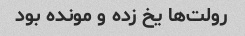
رولت‌ها یخ زده و مونده بود